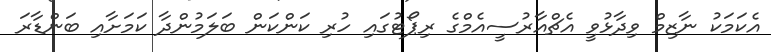
އެކަމަކު ނާޒިމް ވިދާޅުވީ އެޗްއާރުސީއެމްގެ ރިޕޯޓުގައި ހުރި ކަންކަން ބަލަމުންދާ ކަމަށާއި ބަންޑާރަ